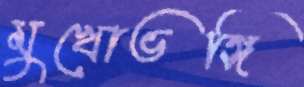
মুখোভঙ্গি